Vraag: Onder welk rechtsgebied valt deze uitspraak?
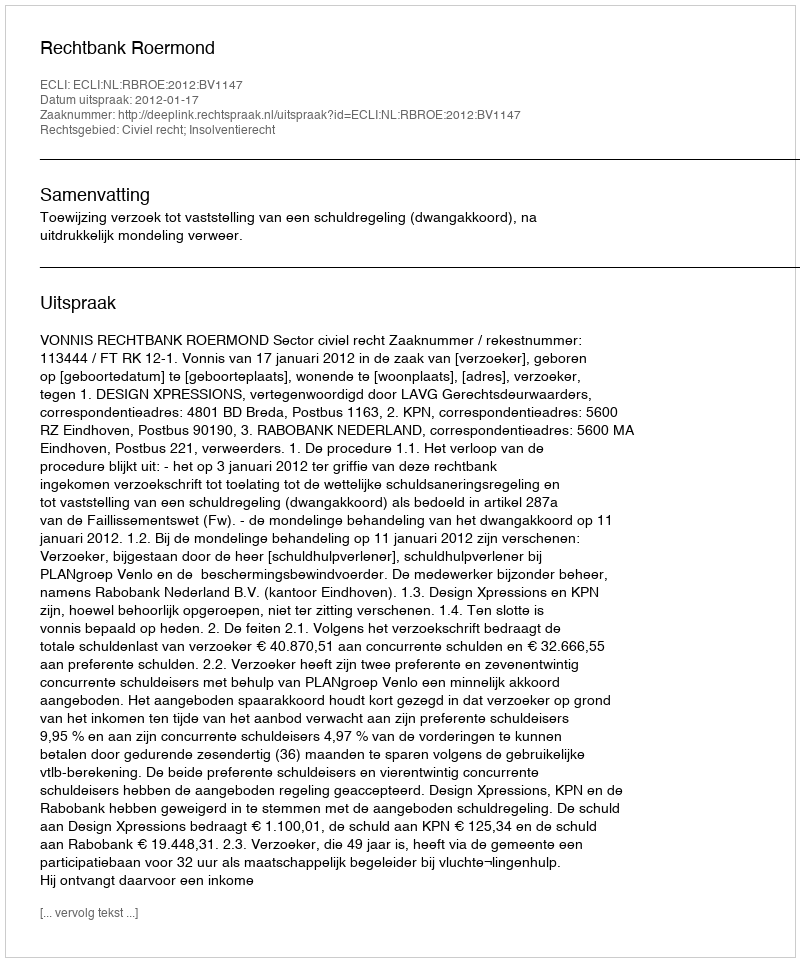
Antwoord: Civiel recht; Insolventierecht